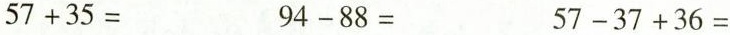
$$5 7 + 3 5 =$$$$9 4 - 8 8 =$$$$5 7 - 3 7 +3 6 =$$